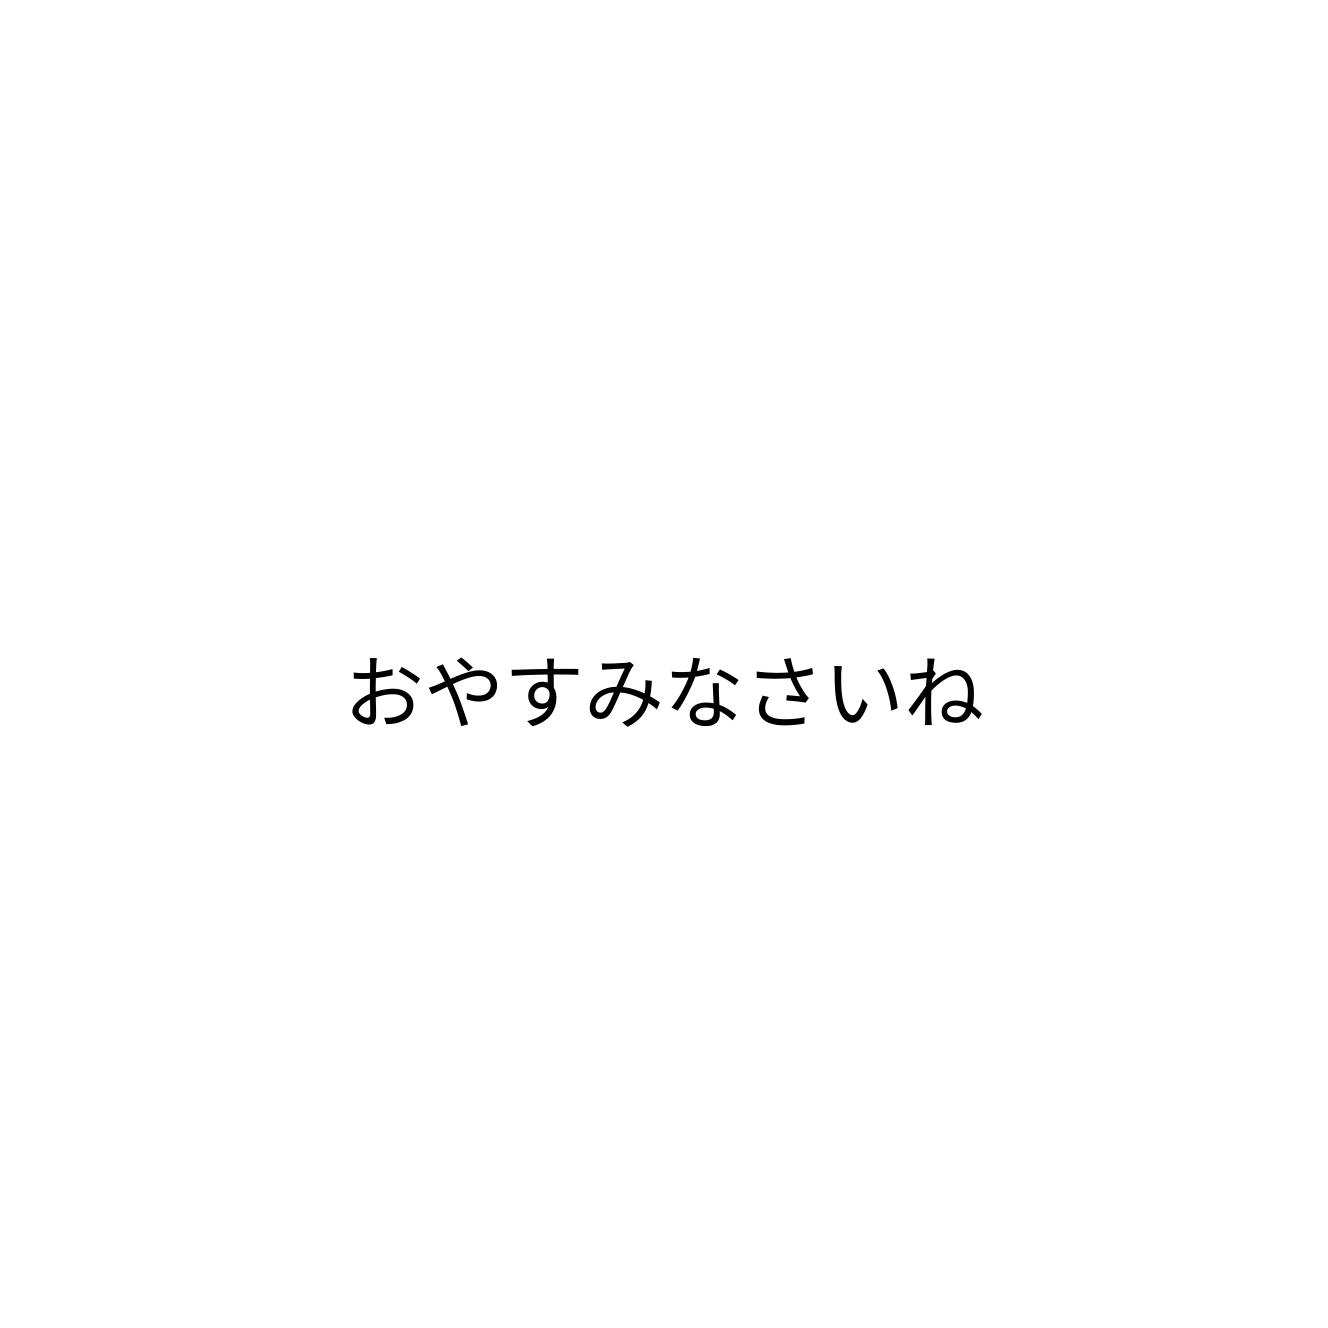
おやすみなさいね